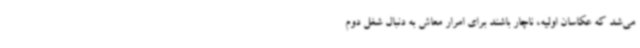
می‌شد که عکاسان اولیه، ناچار باشند برای امرار معاش به دنبال شغل دوم